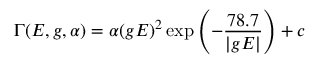
\Gamma ( E , g , \alpha ) = \alpha ( g E ) ^ { 2 } \exp { \left( - \frac { 7 8 . 7 } { \vert g E \vert } \right) } + c